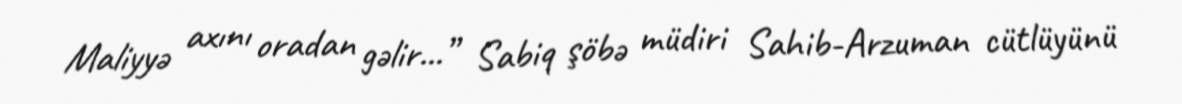
Maliyyə axını oradan gəlir...” Sabiq şöbə müdiri Sahib-Arzuman cütlüyünü